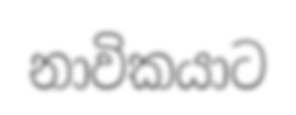
නාවිකයාට